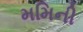
મમિની